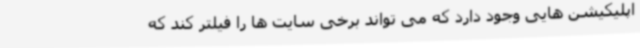
اپلیکیشن هایی وجود دارد که می تواند برخی سایت ها را فیلتر کند که